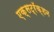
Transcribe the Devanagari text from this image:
एक्सट्रॅक्शन